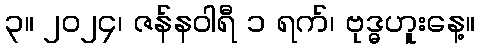
၃။ ၂၀၂၄၊ ဇန်နဝါရီ ၁ ရက်၊ ဗုဒ္ဓဟူးနေ့။